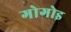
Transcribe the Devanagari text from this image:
गोगोइ